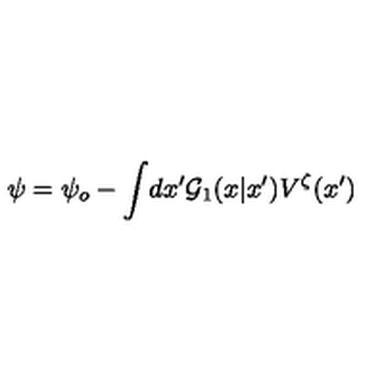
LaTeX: \psi = \psi _ { o } - \int \! d x ^ { \prime } { \cal G } _ { 1 } ( x | x ^ { \prime } ) V ^ { \zeta } ( x ^ { \prime } )